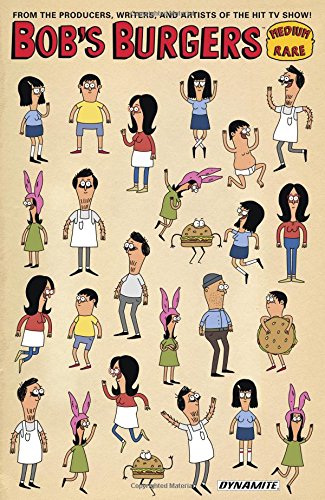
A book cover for Bob's Burgers Volume 2 (Bobs Burgers Tp); Loren Bouchard; Comics & Graphic Novels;